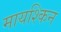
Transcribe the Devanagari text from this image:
मायश्किन